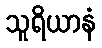
သူရိယာနံ